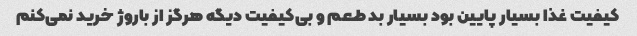
کیفیت غذا بسیار پایین بود بسیار بد طعم و بی‌کیفیت دیگه هرگز از باروژ خرید نمی‌کنم